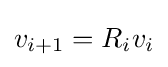
v_{i+1}=R_{i}v_{i}